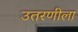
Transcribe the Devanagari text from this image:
उतरणीला